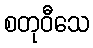
စတုဝီသေ